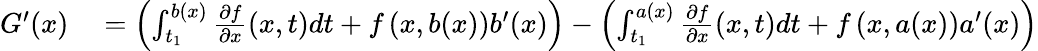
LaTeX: \begin{array}{rl}{G^{\prime}(x)}&{{}=\left(\int_{t_{1}}^{b(x)}{\frac{\partial f}{\partial x}}(x,t)dt+f\left(x,b(x)\right)b^{\prime}(x)\right)-\left(\int_{t_{1}}^{a(x)}{\frac{\partial f}{\partial x}}(x,t)dt+f\left(x,a(x)\right)a^{\prime}(x)\right)}\end{array}